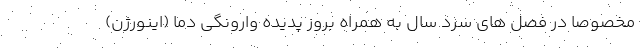
مخصوصا در فصل های سرد سال به همراه بروز پدیده وارونگی دما (اینورژن)